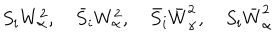
S _ { i } W _ { \alpha } ^ { 2 } , \quad \bar { S } _ { i } W _ { \alpha } ^ { 2 } , \quad \bar { S } _ { i } \bar { W } _ { \dot { \alpha } } ^ { 2 } , \quad S _ { i } \bar { W } _ { \dot { \alpha } } ^ { 2 }